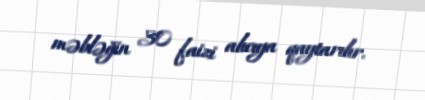
məbləğin 30 faizi alıcıya qaytarılır.